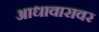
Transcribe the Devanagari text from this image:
आधावारावर